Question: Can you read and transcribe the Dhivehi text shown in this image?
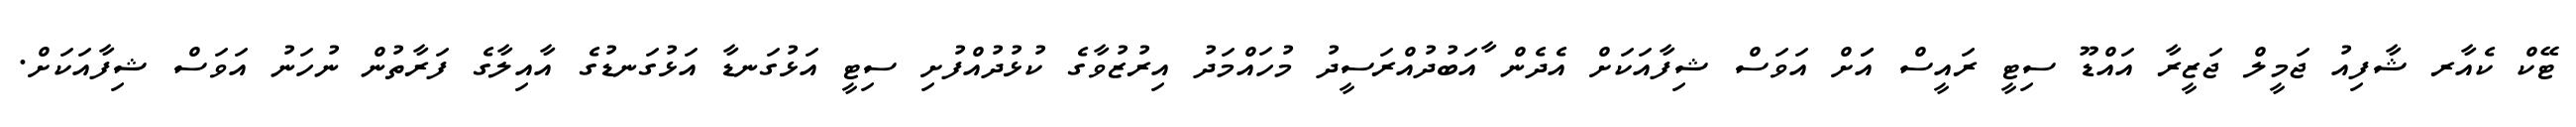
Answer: ޓޭކް ކެއާރ ޝާފިއު ޖަމީލް ޖަޒީރާ އައްޑޫ ސިޓީ ރައީސް އަަށް އަވަސް ޝިފާއަކަށް އެދެން ާއަބުދުއްރަސީދު މުހައްމަދު އިރުޒުވާގެ ކުޅުދުއްފުށި ސިޓީ އަޅުގަނޑާ އަޅުގަނޑުގެ އާއިލާގެ ފަރާތުން ނުހަނު އަވަސް ޝިފާއަކަށް.